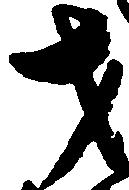
才